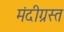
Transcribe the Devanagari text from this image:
मंदीग्रस्त